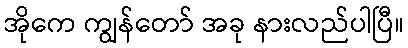
အိုကေ ကျွန်တော် အခု နားလည်ပါပြီ။